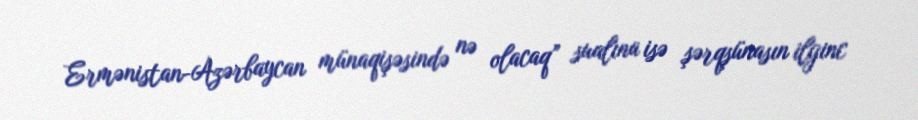
Ermənistan-Azərbaycan münaqişəsində nə olacaq” sualına isə şərqşünasın ilginc